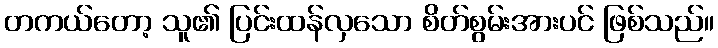
တကယ်တော့ သူ၏ ပြင်းထန်လှသော စိတ်စွမ်းအားပင် ဖြစ်သည်။